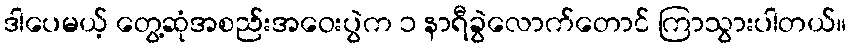
ဒါပေမယ့် တွေ့ဆုံအစည်းအဝေးပွဲက ၁ နာရီခွဲလောက်တောင် ကြာသွားပါတယ်။